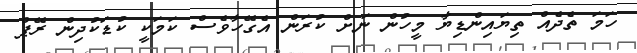
ހަމަ ތެދެއް ތިޔައިންޑިޔާ މީހުން ނަށް ކުރަން އެގޭހާވެސް ކަމަކީ ކުޑަކުދިން ރޭޕް